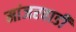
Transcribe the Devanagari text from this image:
मांजरवाडी